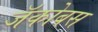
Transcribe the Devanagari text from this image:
जॅकोबस